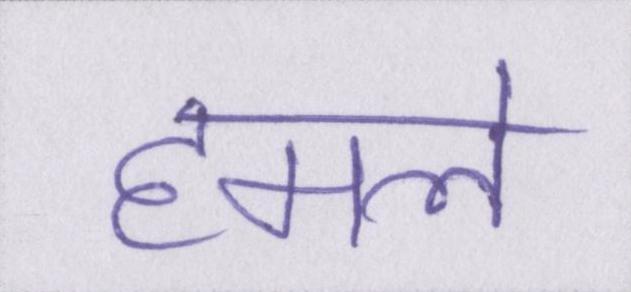
हमले